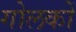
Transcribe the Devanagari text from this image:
गोलकों